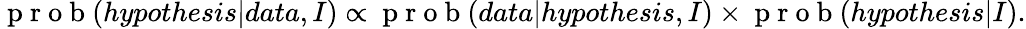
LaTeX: \mathrm{~p~r~o~b~}(hypothesis|data,I)\propto\mathrm{~p~r~o~b~}(data|hypothesis,I)\times\mathrm{~p~r~o~b~}(hypothesis|I).